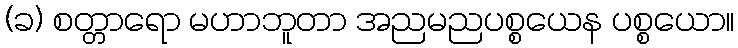
(ခ) စတ္တာရော မဟာဘူတာ အညမညပစ္စယေန ပစ္စယော။